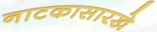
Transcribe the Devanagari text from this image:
नाटकासारखे